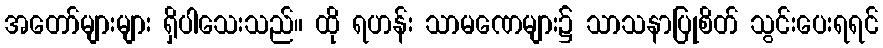
အတော်များများ ရှိပါသေးသည်။ ထို ရဟန်း သာမဏေများ၌ သာသနာပြုစိတ် သွင်းပေးရရင်